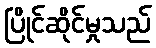
ပြိုင်ဆိုင်မှုသည်